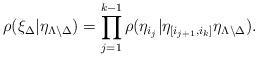
LaTeX: \begin{align*} \rho(\xi_{\Delta}\lvert \eta_{\Lambda \setminus \Delta}) = \prod_{j=1}^{k-1} \rho(\eta_{i_j}| \eta_{[i_{j+1},i_k]}\eta_{\Lambda \setminus \Delta}). \end{align*}